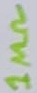
Text: 1MΩ